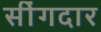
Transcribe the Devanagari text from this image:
सींगदार